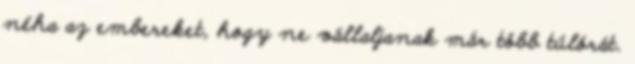
néha az embereket, hogy ne vállaljanak már több túlórát.